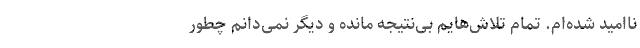
ناامید شده‌ام. تمام تلاش‌هایم بی‌نتیجه مانده و دیگر نمی‌دانم چطور